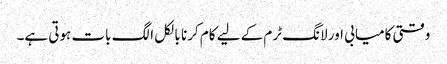
وقتی کامیابی اور لانگ ٹرم کے لیے کام کرنا بالکل الگ بات ہوتی ہے۔